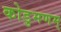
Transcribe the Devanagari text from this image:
कोडुमणम्